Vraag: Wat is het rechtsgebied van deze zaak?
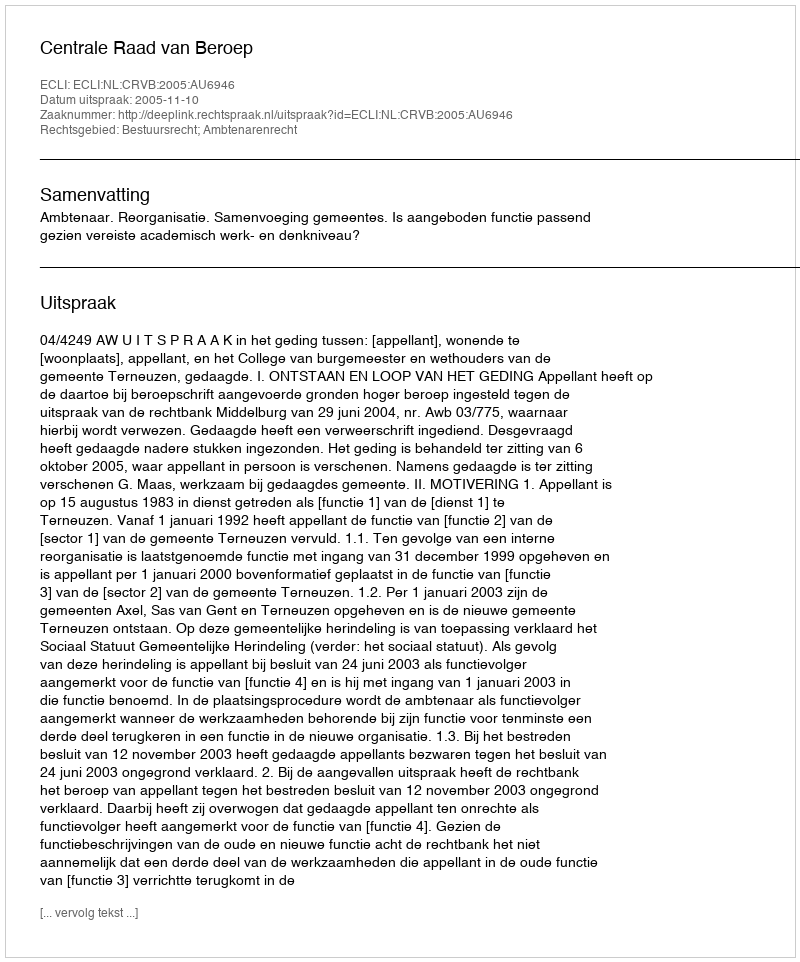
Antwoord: Bestuursrecht; Ambtenarenrecht